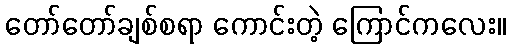
တော်တော်ချစ်စရာ ကောင်းတဲ့ ကြောင်ကလေး။